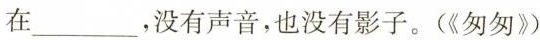
在___，没有声音，也没有影子。(《匆匆》)